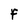
Character: F